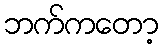
ဘက်ကတော့